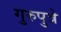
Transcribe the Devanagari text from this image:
गुरुपुत्रे